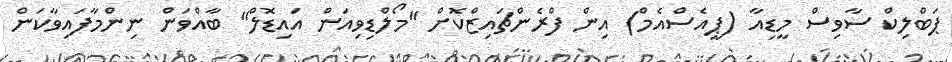
ޕަބްލިކް ސާވިސް މީޑިއާ (ޕީއެސްއެމް) އިން ފްރެންޗައިޒްކޮށް "މޯލްޑިވިއަން އައިޑޮލް" ބާއްވަން ނިންމާފައިވާކަން